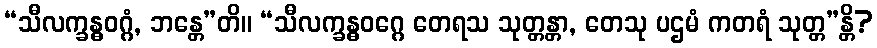
“သီလက္ခန္ဓဝဂ္ဂံ, ဘန္တေ”တိ။ “သီလက္ခန္ဓဝဂ္ဂေ တေရသ သုတ္တန္တာ, တေသု ပဌမံ ကတရံ သုတ္တ”န္တိ?